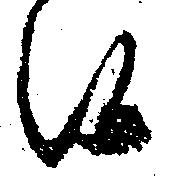
候